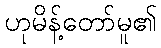
ဟုမိန့်တော်မူ၏